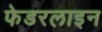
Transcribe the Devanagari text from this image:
फेडरलाइन